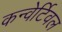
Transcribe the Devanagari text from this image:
कन्वेर्टिवल